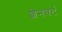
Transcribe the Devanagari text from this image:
शेनबर्ट